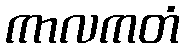
ကာလကတံ